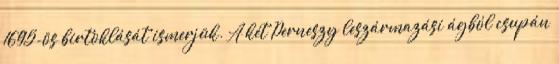
1695-ös birtoklását ismerjük. A két Perneszy leszármazási ágból csupán